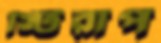
স্টিরাপ